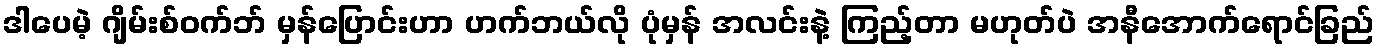
ဒါပေမဲ့ ဂျိမ်းစ်ဝက်ဘ် မှန်ပြောင်းဟာ ဟက်ဘယ်လို ပုံမှန် အလင်းနဲ့ ကြည့်တာ မဟုတ်ပဲ အနီအောက်ရောင်ခြည်